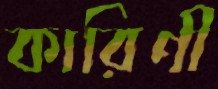
কারিণী